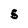
Character: S